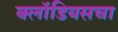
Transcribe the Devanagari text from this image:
क्लॉडियसचा